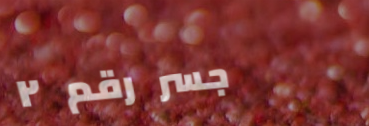
جسر رقم ٢